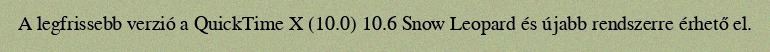
A legfrissebb verzió a QuickTime X (10.0) 10.6 Snow Leopard és újabb rendszerre érhető el.